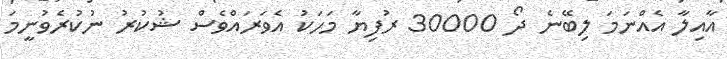
އާއިލާ އެއްނަަމަ ލިބޭނެ ދޯ 30000 ރުފިޔާ މަހަކު އެވަރައްވެސް ޝުކުރު ނުކުރެވުނީމަ